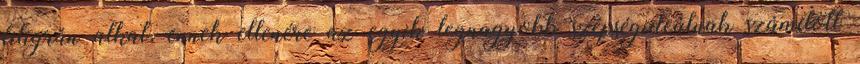
filigrán alkat, ennek ellenére az egyik legnagyobb szépségideálnak számított